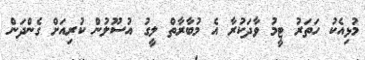
މުޅިއެކު ހަތަރު ޓީމު ވާދަކުރާ އެ މުބާރާތް ލީގު އުސޫލުން ކުރިއަށް ގެންދަން